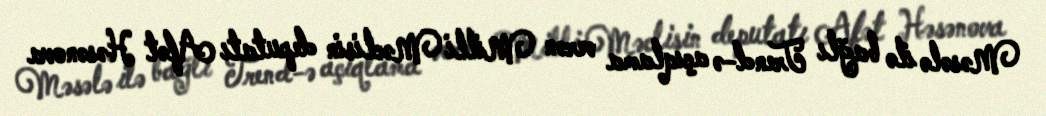
Məsələ ilə bağlı Trend-ə açıqlama verən Milli Məclisin deputatı Afət Həsənova